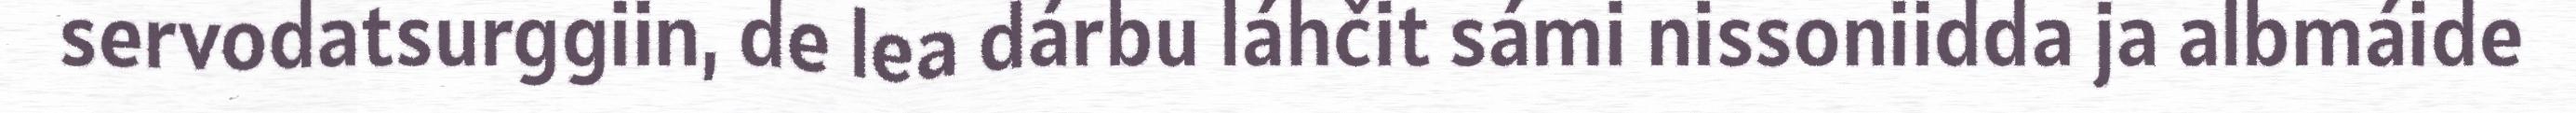
servodatsurggiin, de lea dárbu láhčit sámi nissoniidda ja albmáide